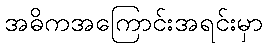
အဓိကအကြောင်းအရင်းမှာ